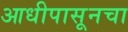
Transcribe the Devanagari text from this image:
आधीपासूनचा